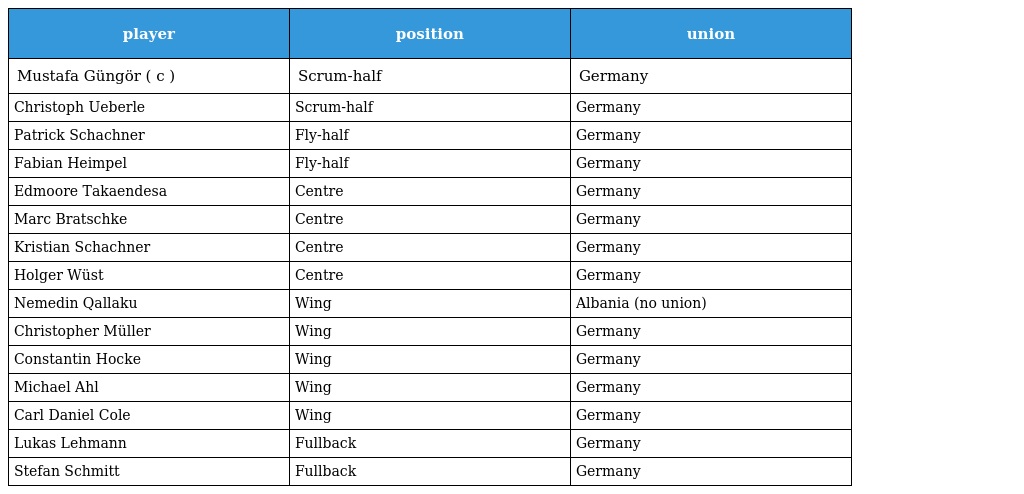
| player | position | union |
 | --- | --- | --- |
 | Mustafa Güngör ( c ) | Scrum-half | Germany |
 | Christoph Ueberle | Scrum-half | Germany |
 | Patrick Schachner | Fly-half | Germany |
 | Fabian Heimpel | Fly-half | Germany |
 | Edmoore Takaendesa | Centre | Germany |
 | Marc Bratschke | Centre | Germany |
 | Kristian Schachner | Centre | Germany |
 | Holger Wüst | Centre | Germany |
 | Nemedin Qallaku | Wing | Albania (no union) |
 | Christopher Müller | Wing | Germany |
 | Constantin Hocke | Wing | Germany |
 | Michael Ahl | Wing | Germany |
 | Carl Daniel Cole | Wing | Germany |
 | Lukas Lehmann | Fullback | Germany |
 | Stefan Schmitt | Fullback | Germany |